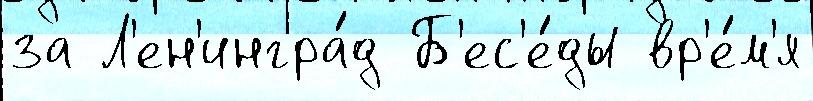
за Л'ен'ингра́д Б'ес'е́ды вр'е́м'я